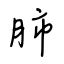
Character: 肺